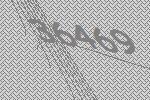
36469